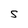
Character: S